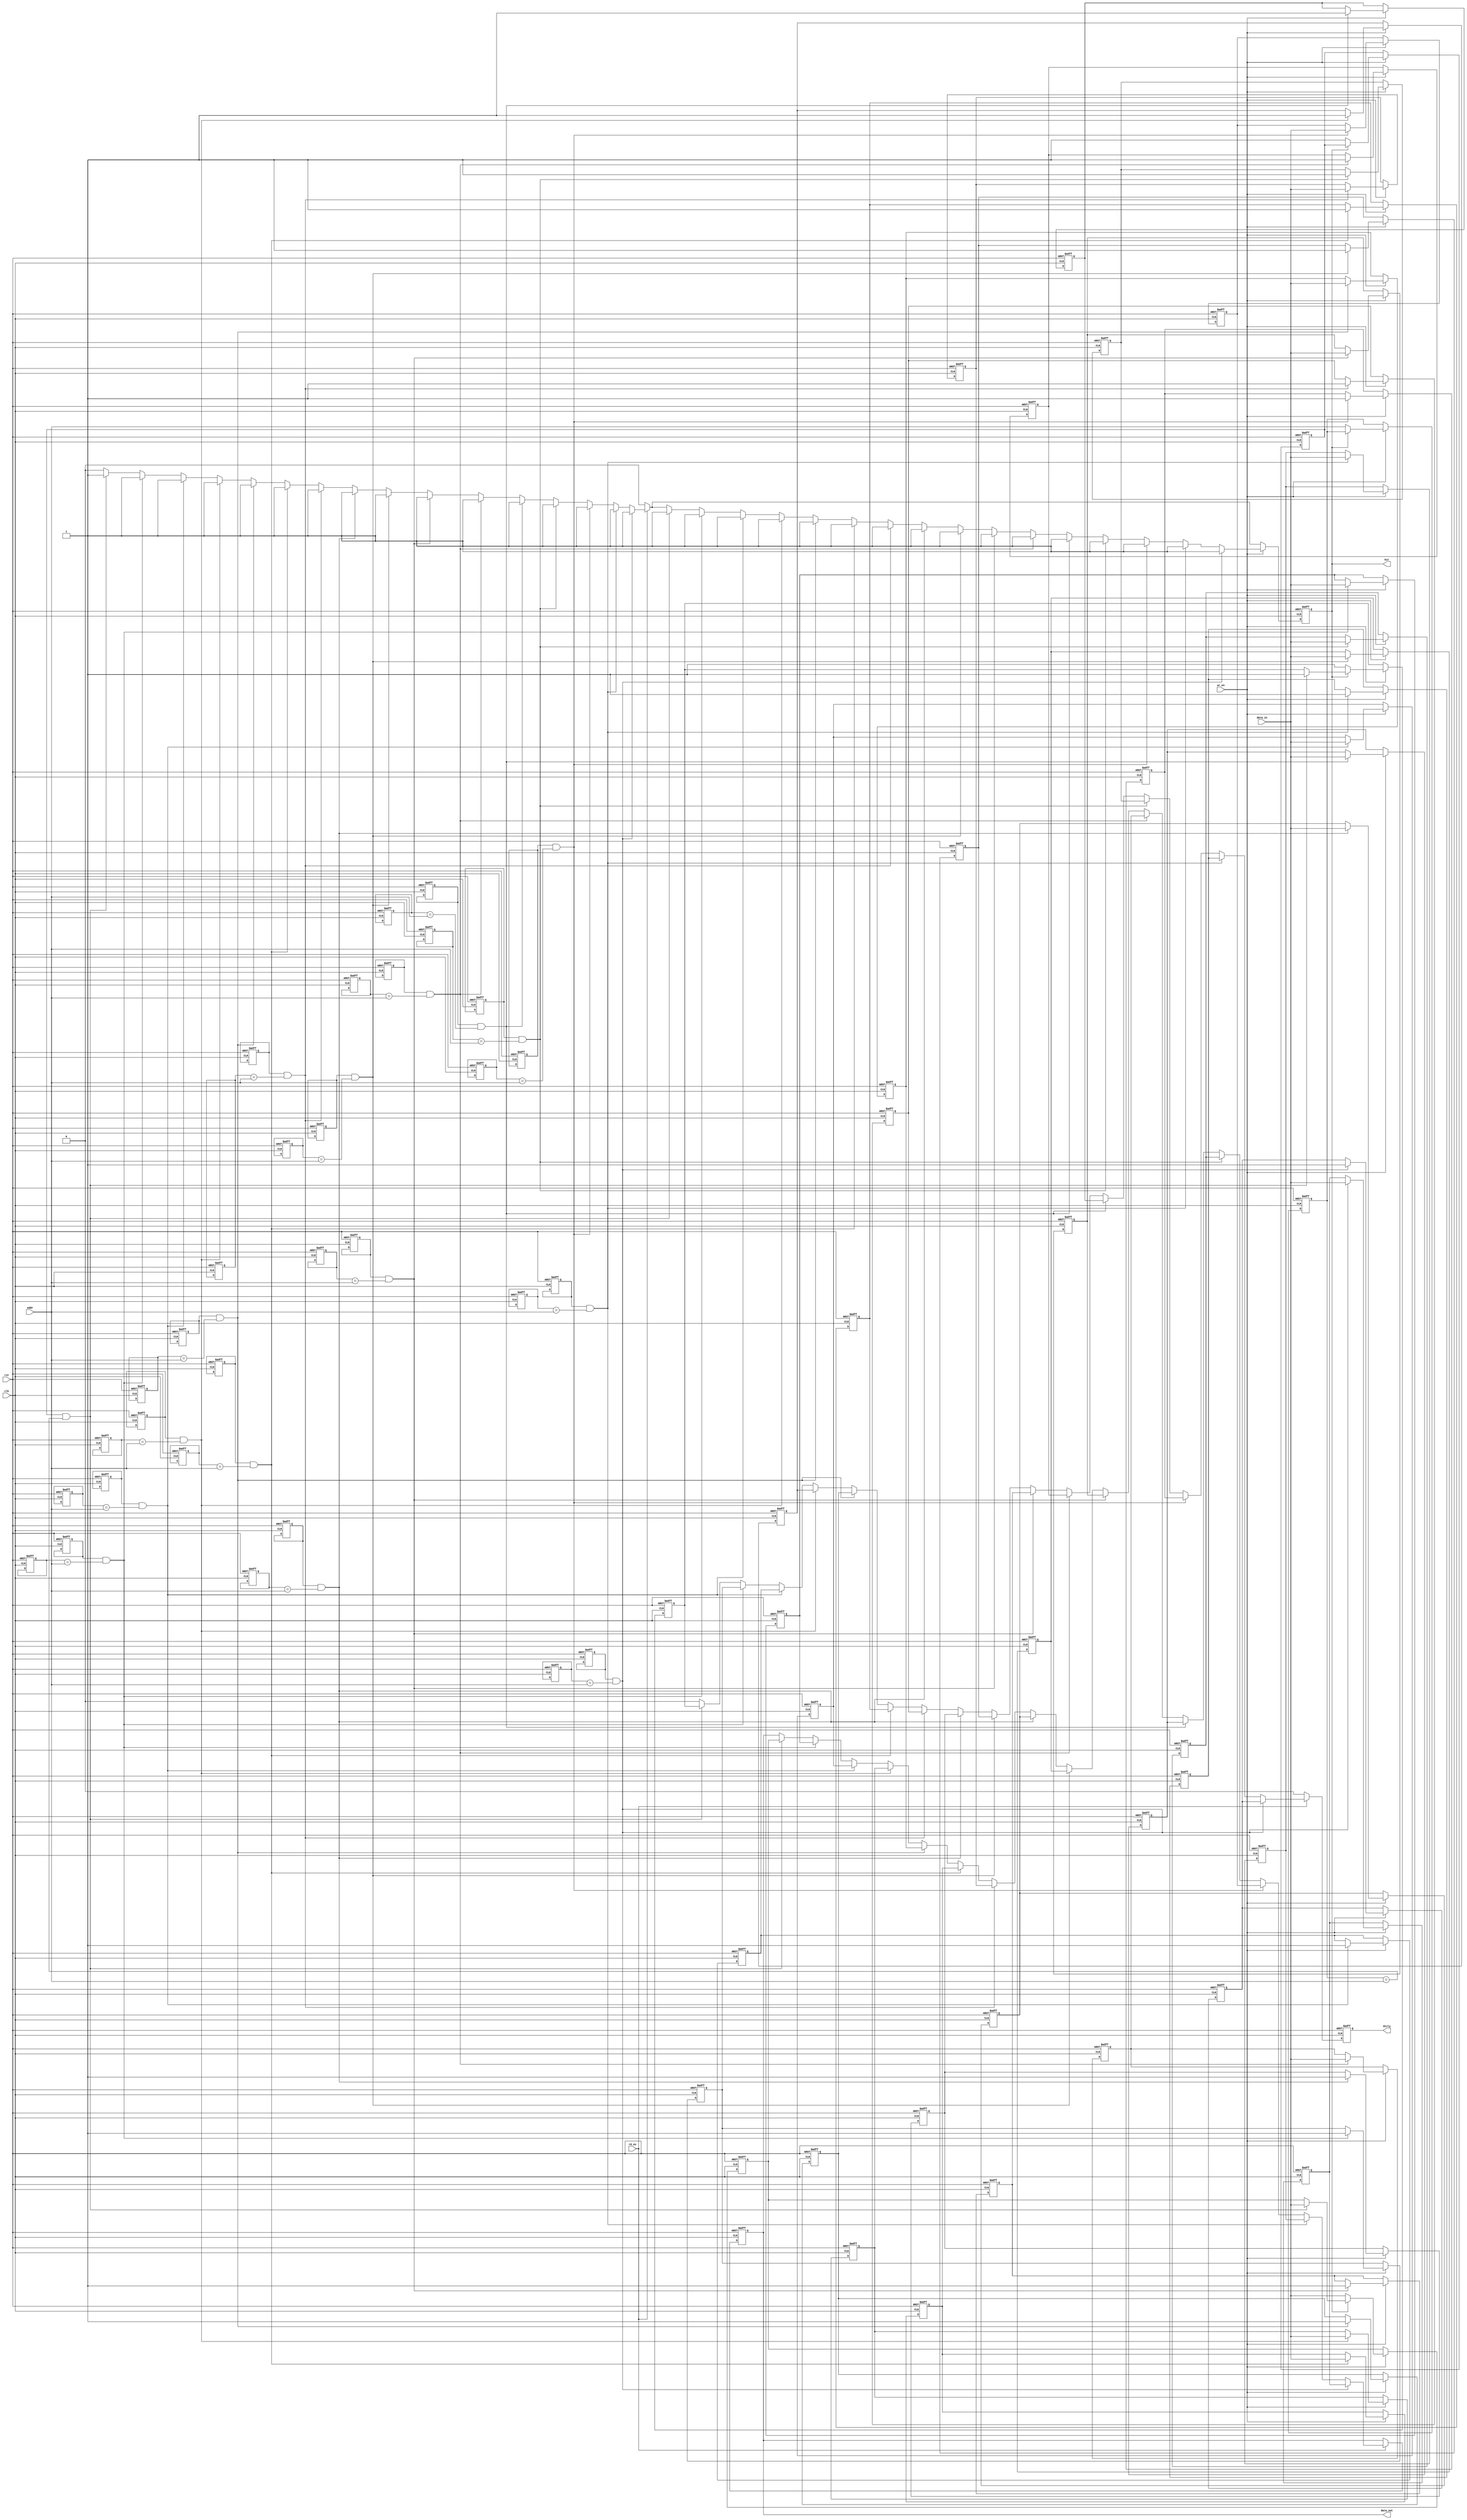
module NonVolatileCache #(
    parameter ADDR_WIDTH = 8,     // Address width
    parameter DATA_WIDTH = 32,     // Data width
    parameter CACHE_SIZE = 16,     // Number of cache lines
    parameter BLOCK_SIZE = 4        // Data size per block
) (
    input wire clk,
    input wire rst,
    input wire [ADDR_WIDTH-1:0] addr,  // Address input
    input wire [DATA_WIDTH-1:0] data_in, // Data input
    input wire wr_en,                   // Write enable
    input wire rd_en,                   // Read enable
    output reg [DATA_WIDTH-1:0] data_out, // Data output
    output reg hit,                     // Cache hit signal
    output reg dirty                    // Dirty bit indicator
);

    // Cache line definition
    reg [DATA_WIDTH-1:0] cache_data [0:CACHE_SIZE-1]; // Data storage array
    reg [ADDR_WIDTH-1:0] tag [0:CACHE_SIZE-1];        // Tag storage
    reg valid [0:CACHE_SIZE-1];                       // Valid bits
    reg dirty_bit [0:CACHE_SIZE-1];                   // Dirty bits

    integer i;

    // Cache Controller
    always @(posedge clk or posedge rst) begin
        if (rst) begin
            // Reset all cache lines
            for (i = 0; i < CACHE_SIZE; i = i + 1) begin
                valid[i] <= 1'b0;
                dirty_bit[i] <= 1'b0;
                cache_data[i] <= 0;
                tag[i] <= 0;
            end
            data_out <= 0;
            hit <= 1'b0;
            dirty <= 1'b0;
        end else begin
            hit <= 1'b0; // Default hit to false
            dirty <= 1'b0;

            // Read Operation
            if (rd_en) begin
                for (i = 0; i < CACHE_SIZE; i = i + 1) begin
                    if (valid[i] && (tag[i] == addr)) begin
                        // Cache hit
                        data_out <= cache_data[i];
                        hit <= 1'b1;
                        dirty <= dirty_bit[i];
                    end
                end
                // Cache miss handling could be done here (fetch from main memory)
            end

            // Write Operation
            if (wr_en) begin
                for (i = 0; i < CACHE_SIZE; i = i + 1) begin
                    if (valid[i] && (tag[i] == addr)) begin
                        // Cache hit
                        cache_data[i] <= data_in;
                        dirty_bit[i] <= 1'b1;
                        hit <= 1'b1;
                    end
                end

                // If cache miss, we can choose a replacement algorithm to update the cache
                if (!hit) begin
                    // Simple FIFO replacement logic (for example, replacing first line)
                    cache_data[0] <= data_in; // Replace the first line for simplicity
                    tag[0] <= addr;
                    valid[0] <= 1'b1;
                    dirty_bit[0] <= 1'b1; // Mark as dirty
                end
            end
        end
    end

endmodule